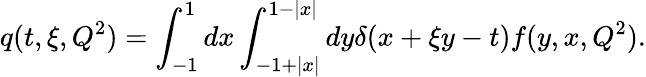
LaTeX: q(t,\xi,Q^{2})=\int_{-1}^{1}dx\int_{-1+|x|}^{1-|x|}dy\delta(x+\xi y-t)f(y,x,Q^{2}).